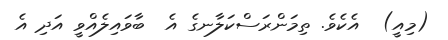
(މިއީ)  އެކެވެ. ތިމަންރަސްކަލާނގެ އެ  ބާވައިލެއްވީ އަދި އެ